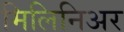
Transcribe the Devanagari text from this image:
मिलिनिअर